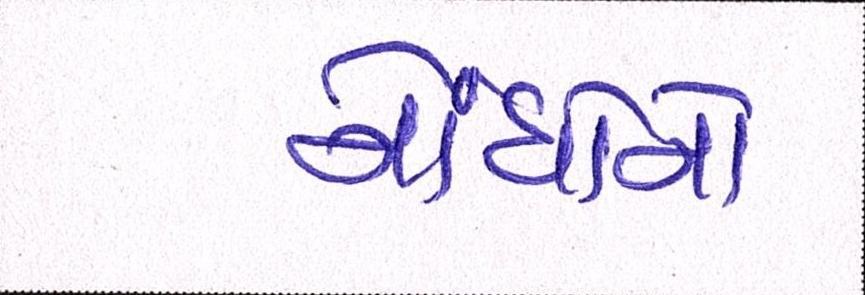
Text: નોંધોનો